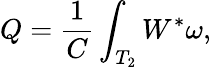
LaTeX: Q=\frac{1}{C}\int_{T_{2}}W^{*}\omega,